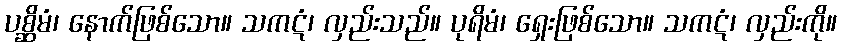
ပစ္ဆိမံ၊ နောက်ဖြစ်သော။ သကဋံ၊ လှည်းသည်။ ပုရိမံ၊ ရှေးဖြစ်သော။ သကဋံ၊ လှည်းကို။